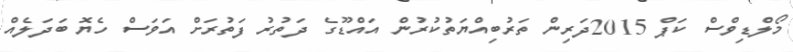
މޯލްޑިވްސް ކަޕް 2015ދަރިން ތަރުބިއްޔަތުކުރުން އައްޑޫގެ ދަތުރު ފަތުރަށް އަވަސް ހެޔޮ ބަދަލެއް